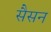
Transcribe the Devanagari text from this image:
सैसन